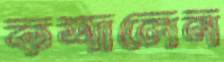
কশালেন